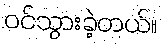
ဝင်သွားခဲ့တယ်။